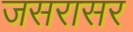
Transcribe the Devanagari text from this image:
जसरासर